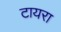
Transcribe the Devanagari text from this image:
टायरा